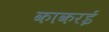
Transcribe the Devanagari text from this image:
काकरई